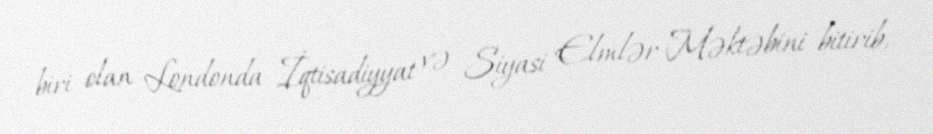
biri olan Londonda İqtisadiyyat və Siyasi Elmlər Məktəbini bitirib,